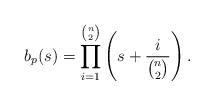
LaTeX: \begin{align*} b_p(s) = \prod_{i=1}^{\binom{n}{2}} \left( s + \frac{i}{\binom{n}{2}} \right). \end{align*}